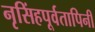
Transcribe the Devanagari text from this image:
नृसिंहपूर्वतापिनी